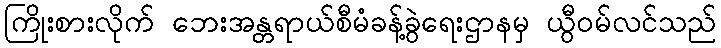
ကြိုးစားလိုက် ဘေးအန္တရာယ်စီမံခန့်ခွဲရေးဌာနမှ ယွီဝမ်လင်သည်